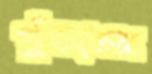
পুঁততেম